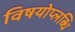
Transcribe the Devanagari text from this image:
विषयोप्लब्धि